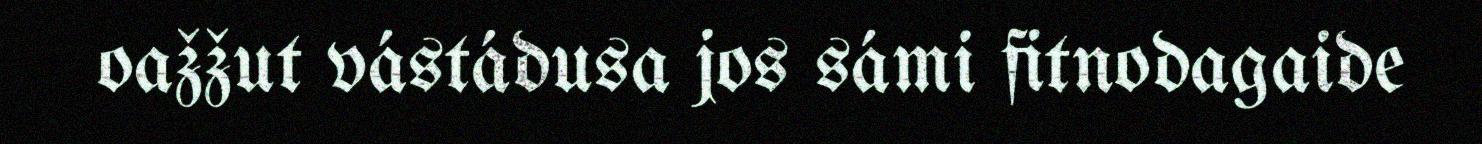
oažžut vástádusa jos sámi fitnodagaide